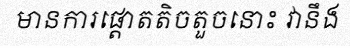
មានការផ្តោតតិចតួចនោះ វានឹង